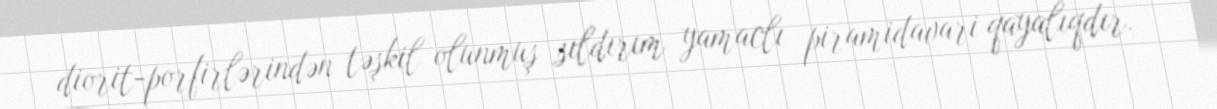
diorit-porfirlərindən təşkil olunmuş sıldırım yamaclı piramidavari qayalıqdır.